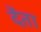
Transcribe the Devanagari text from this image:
देंता